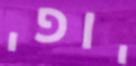
יופי